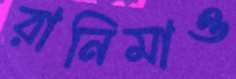
রানিমাও